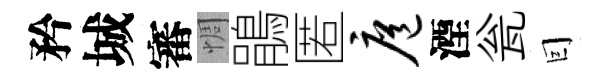
矜城審惆鵑匿扈湮瓮囙